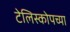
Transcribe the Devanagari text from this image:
टेलिस्कोपच्या